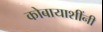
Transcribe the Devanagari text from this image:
कोबायाशींनी